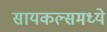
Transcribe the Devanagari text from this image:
सायकल्समध्ये